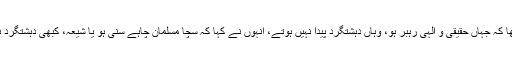
ان کا کہنا تھا کہ جہاں حقیقی و الٰہی رہبر ہو، وہاں دہشتگرد پیدا نہیں ہوتے، انہوں نے کہا کہ سچا مسلمان چاہے سنی ہو یا شیعہ، کبھی دہشتگرد نہیں ہوسکتا۔